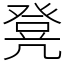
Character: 凳